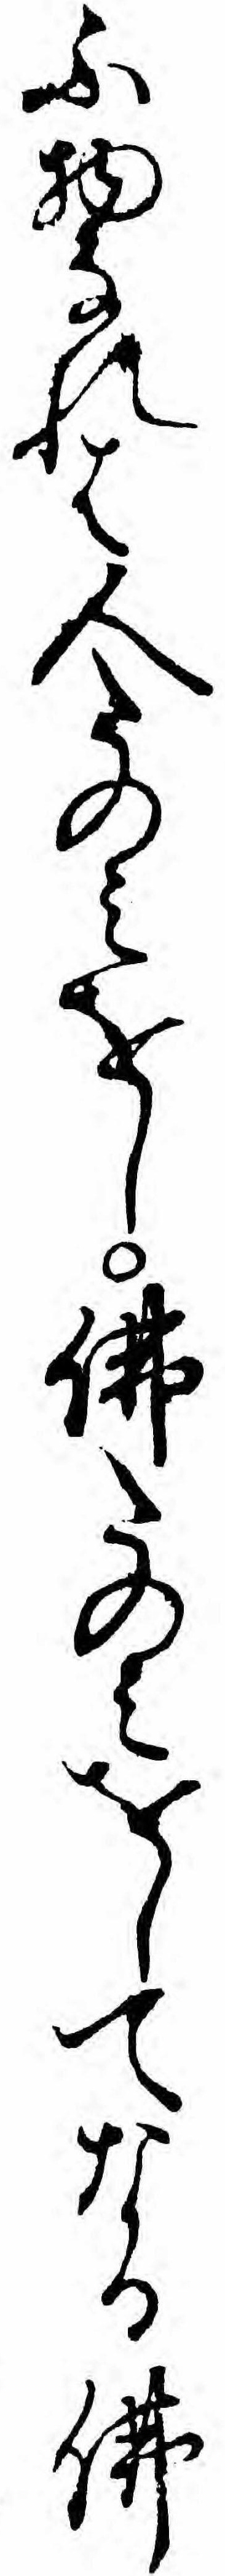
ふ物なれは人たのミをし仏たのミをしてなる仏